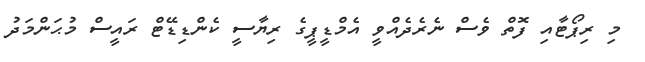
މި ރިޕޯޓާއި ފޮތް ވެސް ނެރެދެއްވީ އެމްޑީޕީގެ ރިޔާސީ ކެންޑިޑޭޓް ރައީސް މުޙަންމަދު